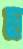
ছা